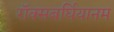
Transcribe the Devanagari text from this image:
रॉक्सबर्घियानम